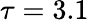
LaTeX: \tau=3.1